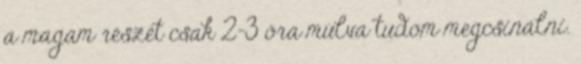
a magam részét csak 2-3 óra múlva tudom megcsinálni.